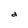
Character: d